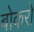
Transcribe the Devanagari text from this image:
बोकरो